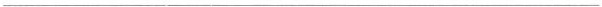
___